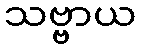
သဗ္ဗာယ